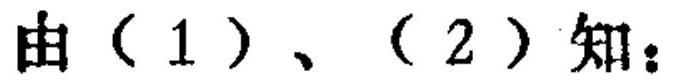
由（1）、（2）知：